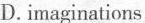
D. imaginations